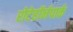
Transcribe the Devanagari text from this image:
रोटेहॉर्नपार्क